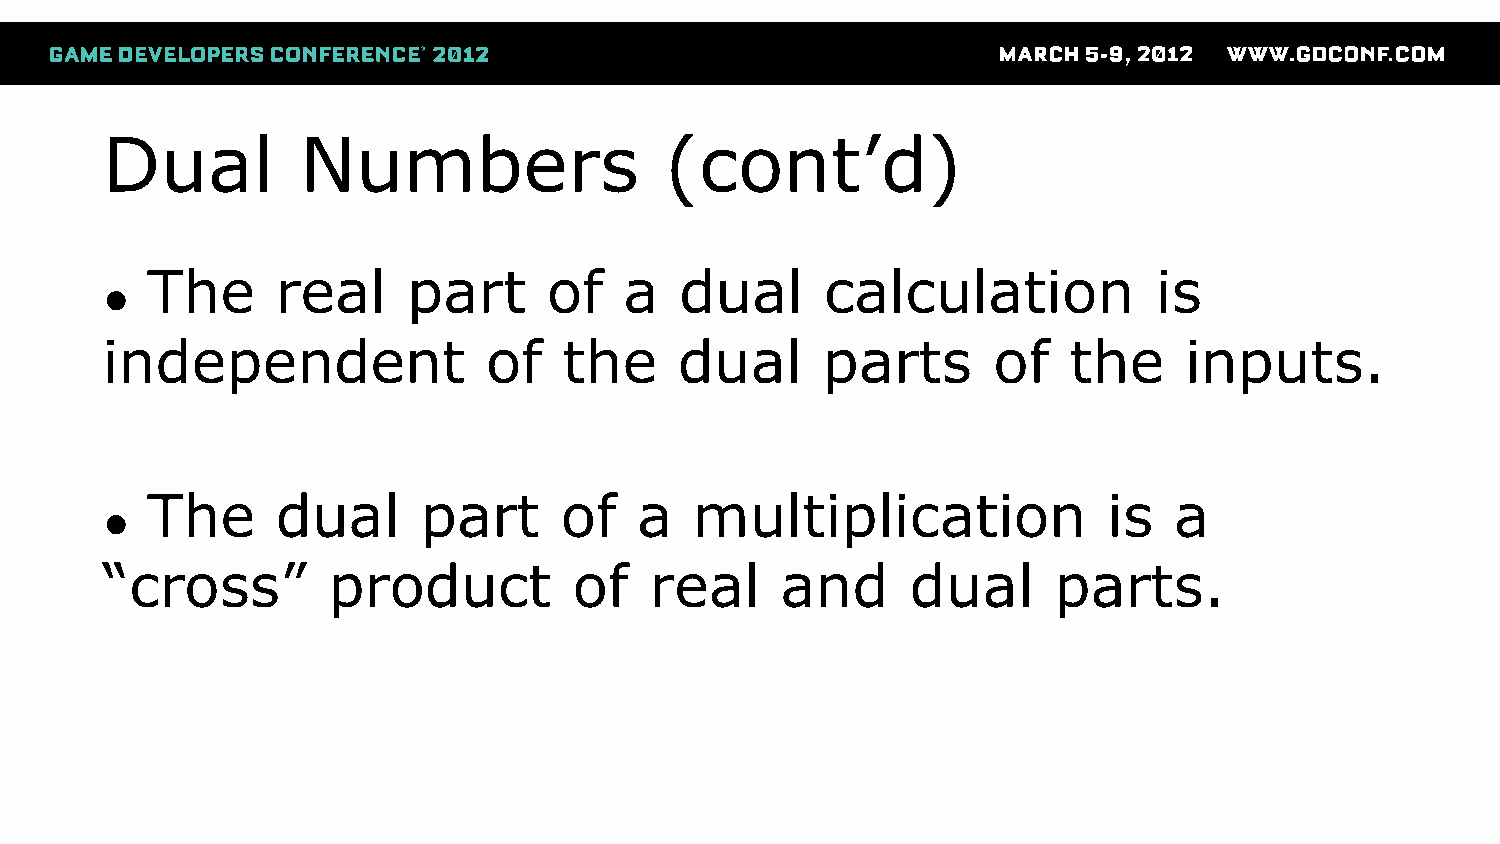
Dual         Numbers                 (cont’d)
 The     real     part     of   a   dual      calculation           is
 ●
 independent              of   the     dual     parts       of   the    inputs.
 The     dual      part     of   a   multiplication             is   a
 ●
 “cross”        product         of   real     and     dual      parts.